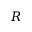
R